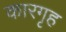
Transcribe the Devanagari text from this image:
कारगृह